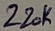
Text: 220K